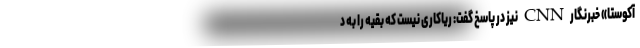
آکوستا» خبرنگار CNN نیز در پاسخ گفت: ریاکاری نیست که بقیه را به د